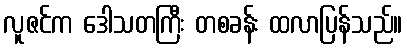
လူဇင်က ဒေါသတကြီး တစခန်း ထလာပြန်သည်။